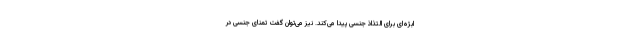
ابژه‌ای برای التذاذ جنسی پیدا می‌کند. نیز می‌توان گفت تمنای جنسی در